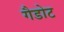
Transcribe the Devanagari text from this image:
गैडोट